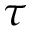
\tau